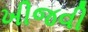
ખીજવી